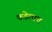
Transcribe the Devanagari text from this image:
कडेलाच